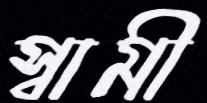
স্বামী